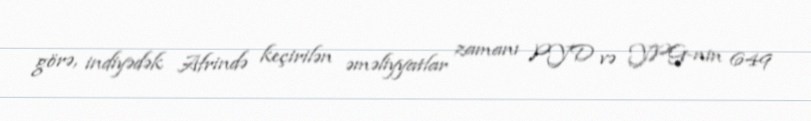
görə, indiyədək Afrində keçirilən əməliyyatlar zamanı PYD və YPG-nin 649